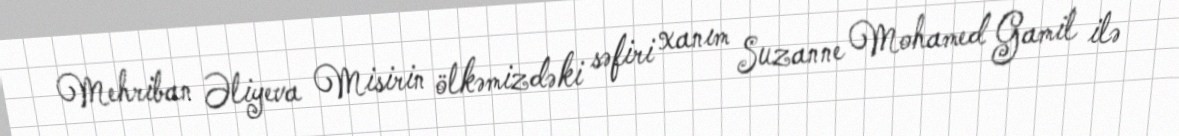
Mehriban Əliyeva Misirin ölkəmizdəki səfiri xanım Suzanne Mohamed Gamil ilə